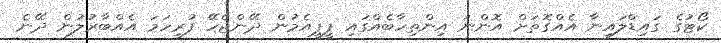
ކޯޓުގެ ގައިޑްލައިނާ އެއްގޮތަށް އޮންނަ އިންތިހާބެއްގައި ޕީޕީއެމުން ދޭންޖެހޭ ފުރިހަމަ އެއްބާރުލުން ދޭނެ